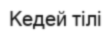
Кедей тілі